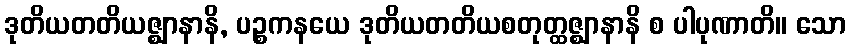
ဒုတိယတတိယဇ္ဈာနာနိ, ပဉ္စကနယေ ဒုတိယတတိယစတုတ္ထဇ္ဈာနာနိ စ ပါပုဏာတိ။ သော